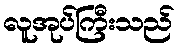
လူအုပ်ကြီးသည်